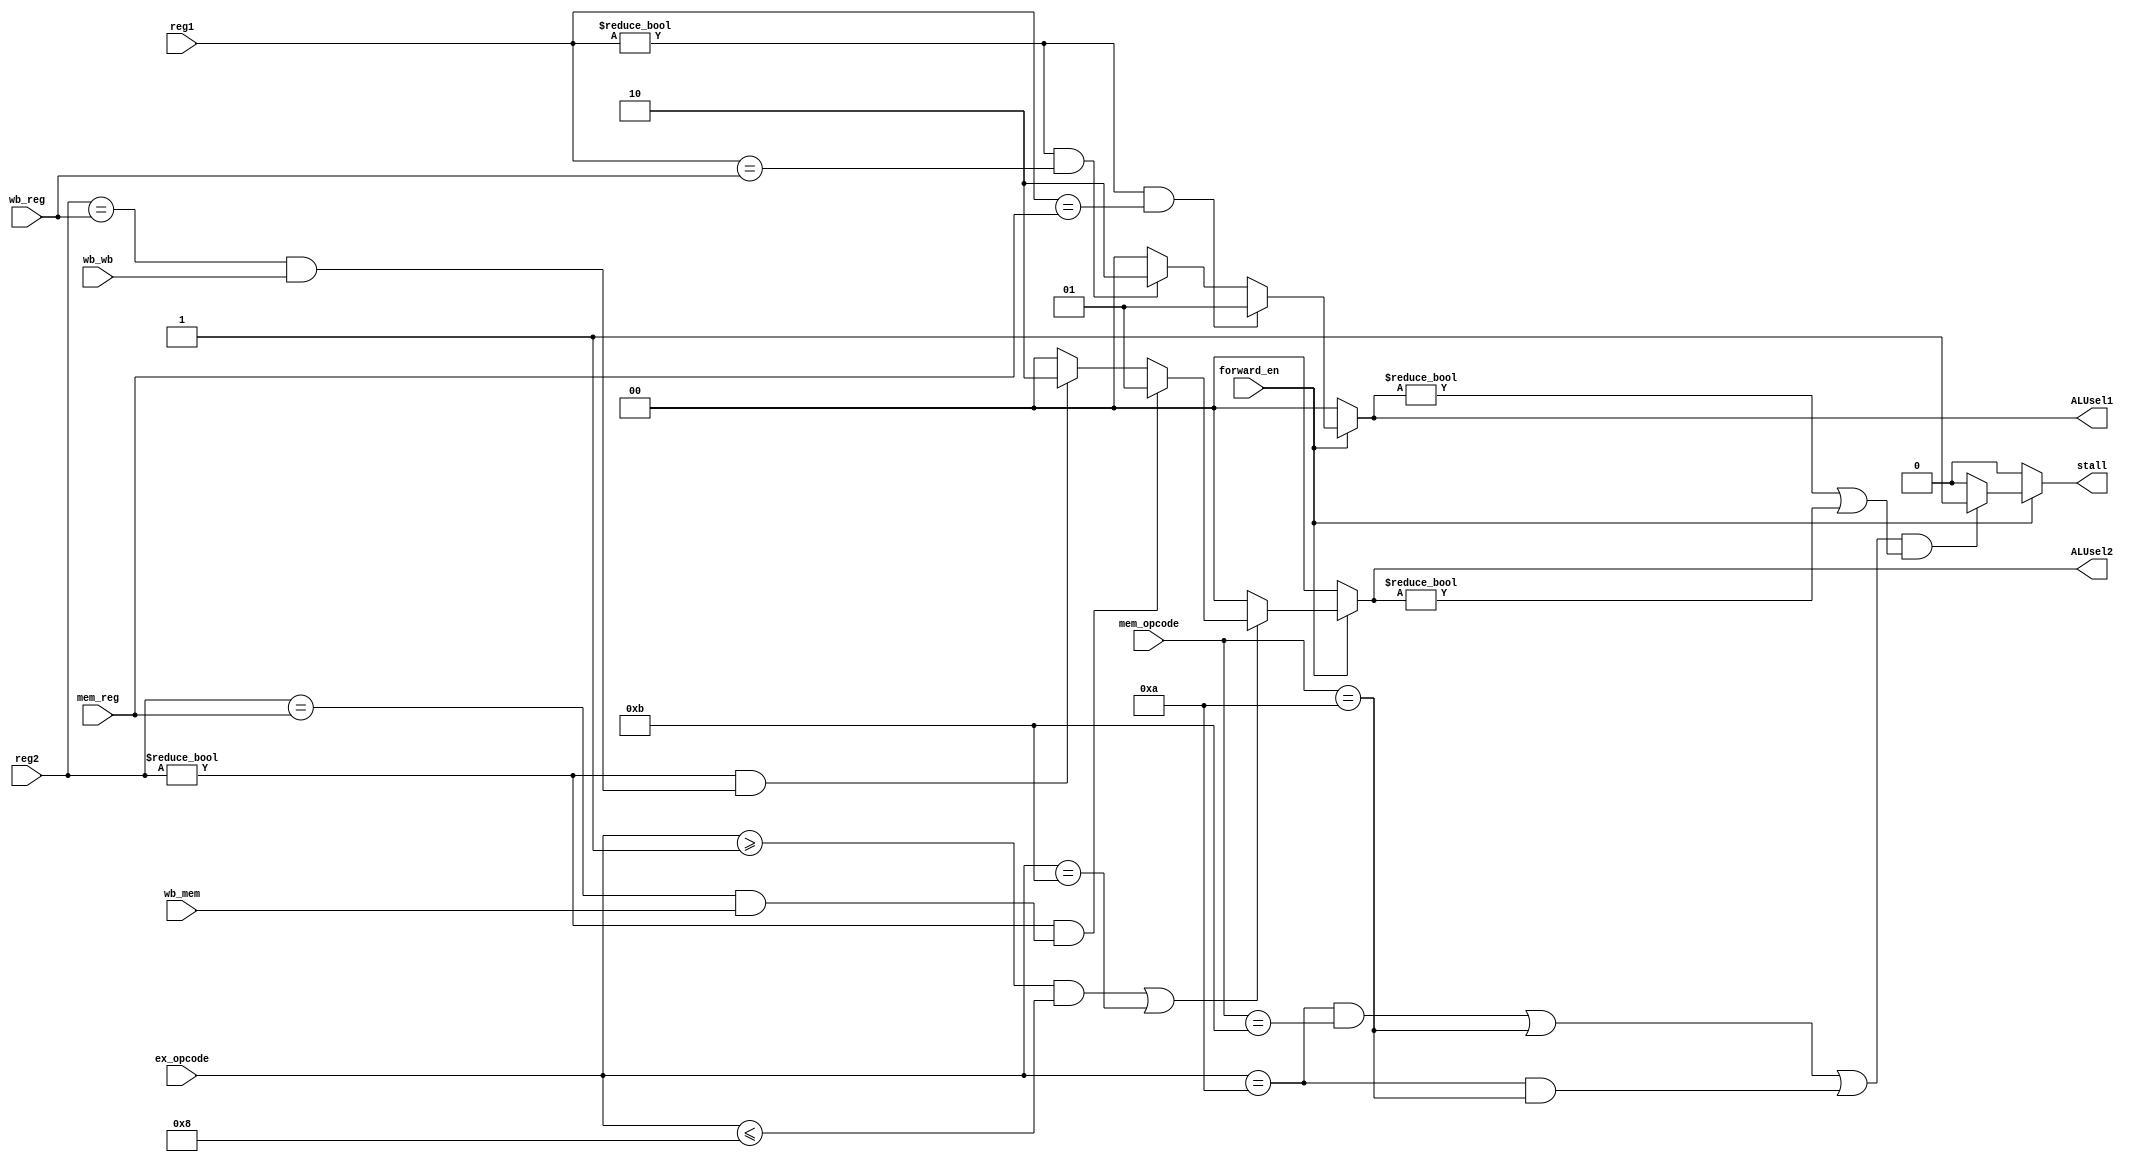
module forwardingUnit(forward_en,wb_mem,wb_wb,mem_reg,reg1,reg2,wb_reg,
									ex_opcode,mem_opcode,ALUsel1,ALUsel2,stall);
input forward_en,wb_mem,wb_wb;
input[2:0] mem_reg,wb_reg,reg1,reg2;
input [3:0] ex_opcode,mem_opcode;
output[1:0] ALUsel1,ALUsel2;
output stall;

assign ALUsel1 = (forward_en==0)?0: (((reg1!=0)&& (reg1==mem_reg))?1:(((reg1!=0)&&(reg1==wb_reg))?2:0))	;
assign ALUsel2 = (forward_en==0)?0: ( ((ex_opcode>=1 && ex_opcode<=8)||ex_opcode==11)?(((reg2!=0)&& (reg2==mem_reg&&wb_mem==1))?1:((reg2!=0)&&(reg2==wb_reg&&wb_wb==1))?2:0):0);
assign stall = (forward_en==0)?0: (((ex_opcode==10&&mem_opcode==11)||(mem_opcode==10)||(ex_opcode==10&&mem_opcode==10))&&(ALUsel1!=0||ALUsel2!=0))?1:0;	

endmodule